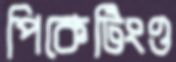
পিকেটিংও